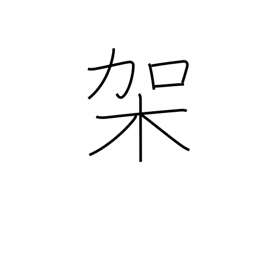
Meaning: mount